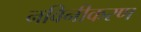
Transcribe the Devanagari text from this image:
नविनीकरण